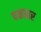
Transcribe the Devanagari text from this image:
पक्षधार